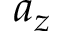
a _ { z }